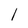
Character: l